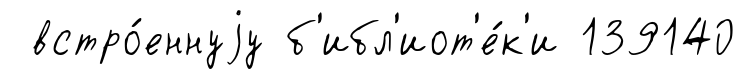
встро́еннуjу б'ибл'иот'е́к'и 139140